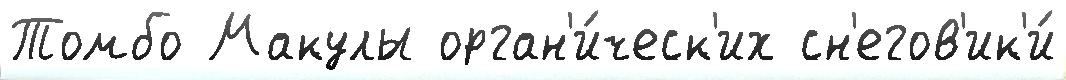
Томбо Макулы орган'и́ческ'их сн'егов'ик'и́